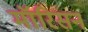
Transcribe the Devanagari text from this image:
मॉरिसन